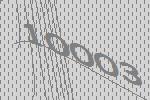
10003